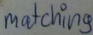
Text: matching